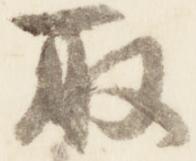
取